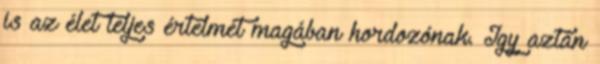
is az élet teljes értelmét magában hordozónak. Igy aztán